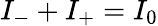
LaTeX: I_{-}+I_{+}=I_{0}